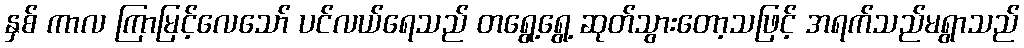
နှစ် ကာလ ကြာမြင့်လေသော် ပင်လယ်ရေသည် တရွေ့ရွေ့ ဆုတ်သွားတော့သဖြင့် အရက်သည်မရွာသည်